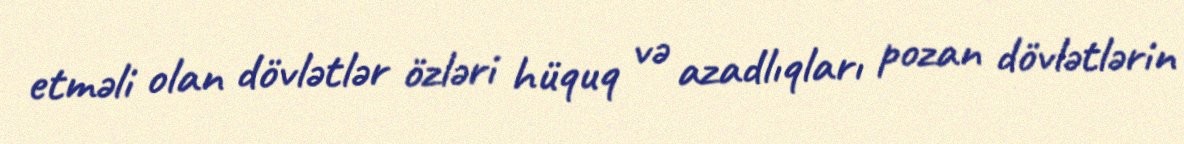
etməli olan dövlətlər özləri hüquq və azadlıqları pozan dövlətlərin